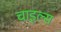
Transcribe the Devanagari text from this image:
चाइल्स